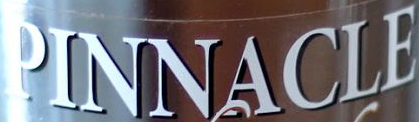
PINNACLE